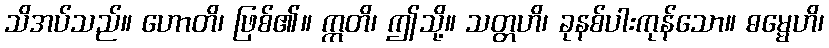
သိအပ်သည်။ ဟောတိ၊ ဖြစ်၏။ ဣတိ၊ ဤသို့။ သတ္တဟိ၊ ခုနစ်ပါးကုန်သော။ ဓမ္မေဟိ၊